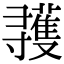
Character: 彟